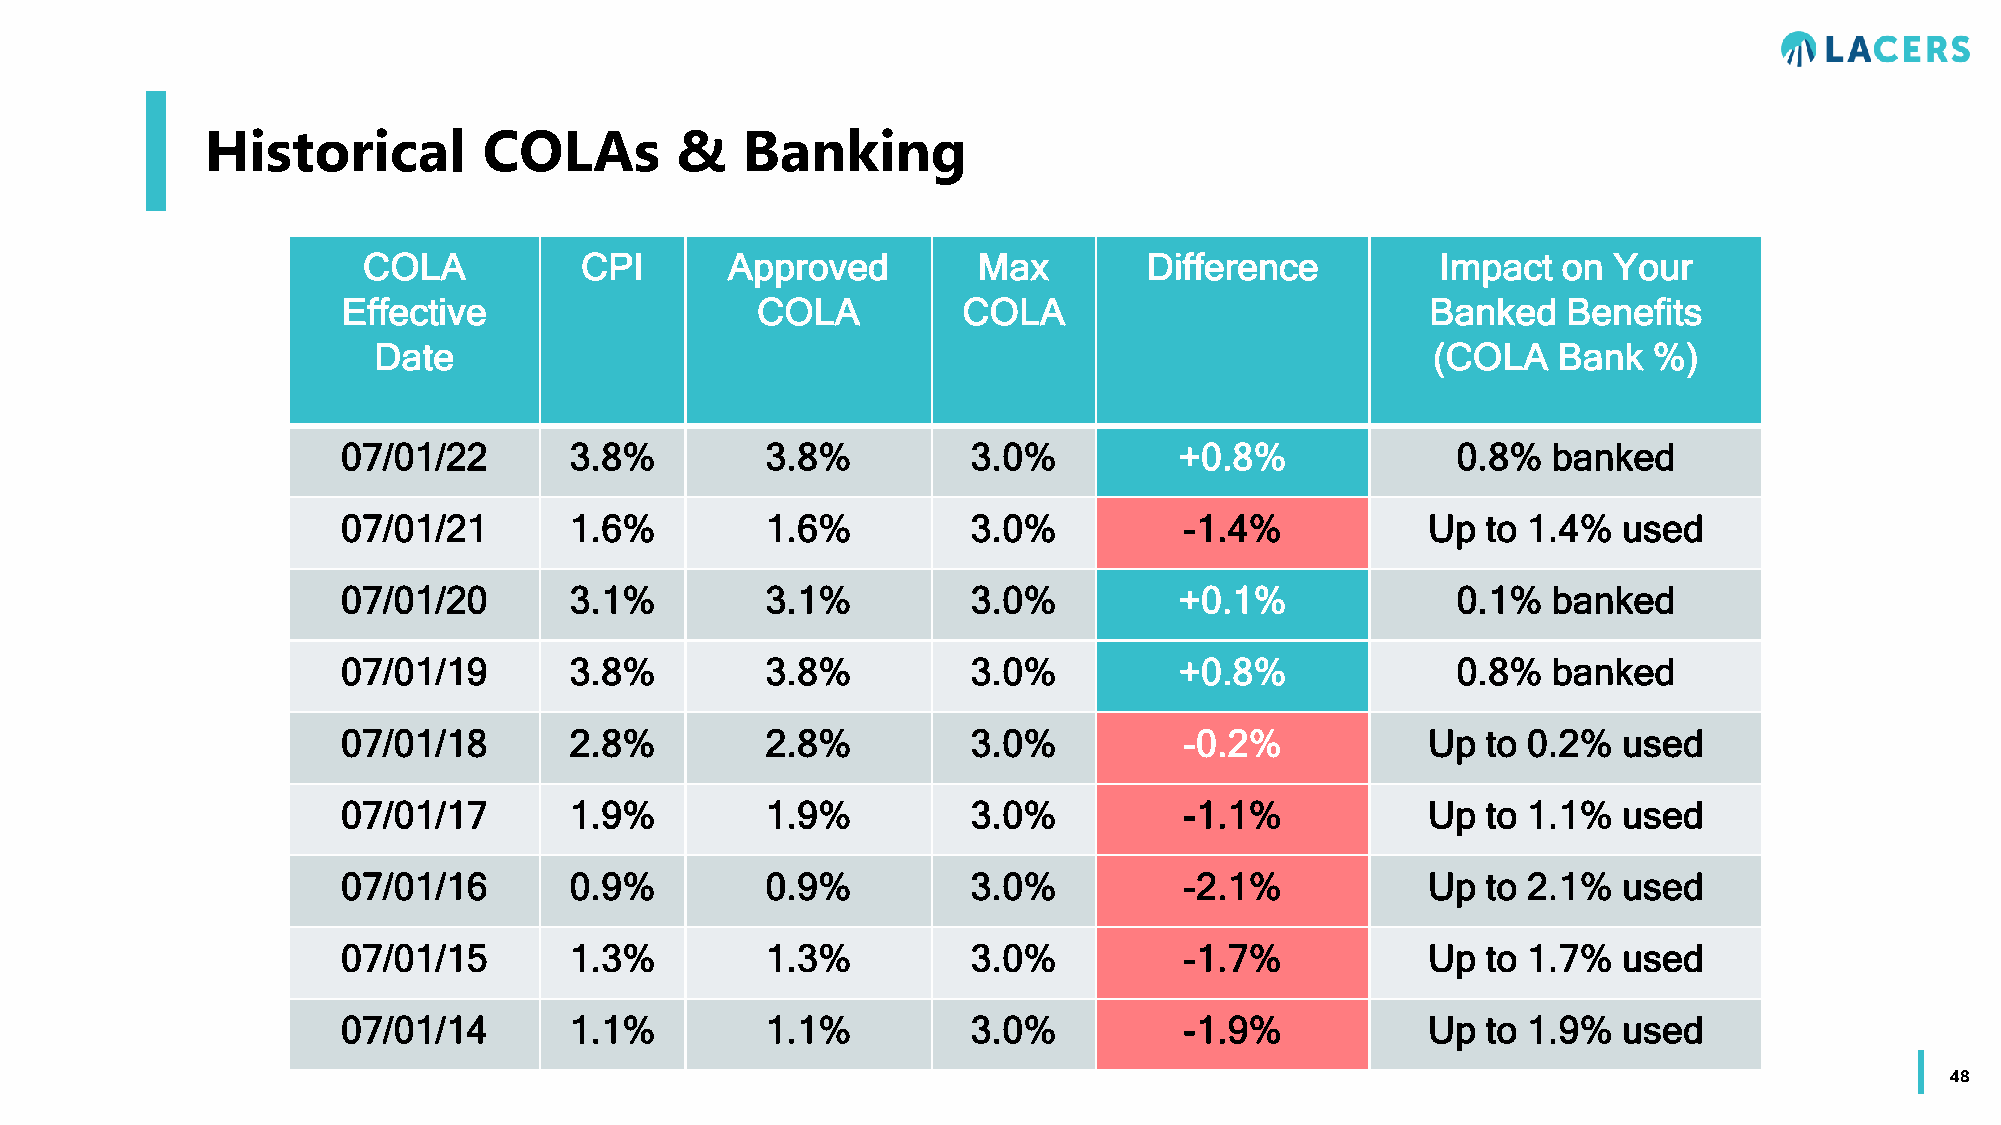
Historical        COLAs        &   Banking
 COLA          CPI       Approved         Max        Difference         Impact  on  Your
 Effective                  COLA          COLA                           Banked   Benefits
 Date                                                                  (COLA   Bank  %)
 07/01/22       3.8%         3.8%         3.0%          +0.8%             0.8%   banked
 07/01/21       1.6%         1.6%         3.0%          -1.4%           Up  to 1.4%  used
 07/01/20       3.1%         3.1%         3.0%          +0.1%             0.1%   banked
 07/01/19       3.8%         3.8%         3.0%          +0.8%             0.8%   banked
 07/01/18       2.8%         2.8%         3.0%          -0.2%           Up  to 0.2%  used
 07/01/17       1.9%         1.9%         3.0%          -1.1%           Up  to 1.1%  used
 07/01/16       0.9%         0.9%         3.0%          -2.1%           Up  to 2.1%  used
 07/01/15       1.3%         1.3%         3.0%          -1.7%           Up  to 1.7%  used
 07/01/14       1.1%         1.1%         3.0%          -1.9%           Up  to 1.9%  used
 48